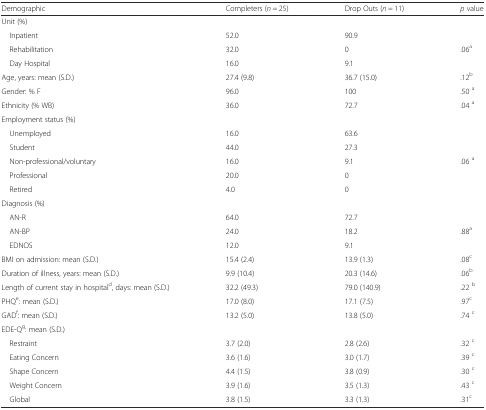
<table><thead><tr><td><b>Demographic</b></td><td><b>Completers (<i>n</i> = 25)</b></td><td><b>Drop Outs (<i>n</i> = 11)</b></td><td><b><i>p</i> value</b></td></tr></thead><tbody><tr><td>Unit (%)</td><td></td><td></td><td></td></tr><tr><td> Inpatient</td><td>52.0</td><td>90.9</td><td></td></tr><tr><td> Rehabilitation</td><td>32.0</td><td>0</td><td>.06<sup>a</sup></td></tr><tr><td> Day Hospital</td><td>16.0</td><td>9.1</td><td></td></tr><tr><td>Age, years: mean (S.D.)</td><td>27.4 (9.8)</td><td>36.7 (15.0)</td><td>.12<sup>b</sup></td></tr><tr><td>Gender: % F</td><td>96.0</td><td>100</td><td>.50 <sup>a</sup></td></tr><tr><td>Ethnicity (% WB)</td><td>36.0</td><td>72.7</td><td>.04 <sup>a</sup></td></tr><tr><td>Employment status (%)</td><td></td><td></td><td></td></tr><tr><td> Unemployed</td><td>16.0</td><td>63.6</td><td></td></tr><tr><td> Student</td><td>44.0</td><td>27.3</td><td></td></tr><tr><td> Non-professional/voluntary</td><td>16.0</td><td>9.1</td><td>.06 <sup>a</sup></td></tr><tr><td> Professional</td><td>20.0</td><td>0</td><td></td></tr><tr><td> Retired</td><td>4.0</td><td>0</td><td></td></tr><tr><td>Diagnosis (%)</td><td></td><td></td><td></td></tr><tr><td> AN-R</td><td>64.0</td><td>72.7</td><td></td></tr><tr><td> AN-BP</td><td>24.0</td><td>18.2</td><td>.88<sup>a</sup></td></tr><tr><td> EDNOS</td><td>12.0</td><td>9.1</td><td></td></tr><tr><td>BMI on admission: mean (S.D.)</td><td>15.4 (2.4)</td><td>13.9 (1.3)</td><td>.08<sup>c</sup></td></tr><tr><td>Duration of illness, years: mean (S.D.)</td><td>9.9 (10.4)</td><td>20.3 (14.6)</td><td>.06<sup>b</sup></td></tr><tr><td>Length of current stay in hospital<sup>d</sup>, days: mean (S.D.)</td><td>32.2 (49.3)</td><td>79.0 (140.9)</td><td>.22 <sup>b</sup></td></tr><tr><td>PHQ<sup>e</sup>: mean (S.D.)</td><td>17.0 (8.0)</td><td>17.1 (7.5)</td><td>.97<sup>c</sup></td></tr><tr><td>GAD<sup>f</sup>: mean (S.D.)</td><td>13.2 (5.0)</td><td>13.8 (5.0)</td><td>.74 <sup>c</sup></td></tr><tr><td>EDE-Q<sup>g</sup>: mean (S.D.)</td><td></td><td></td><td></td></tr><tr><td> Restraint</td><td>3.7 (2.0)</td><td>2.8 (2.6)</td><td>.32 <sup>c</sup></td></tr><tr><td> Eating Concern</td><td>3.6 (1.6)</td><td>3.0 (1.7)</td><td>.39 <sup>c</sup></td></tr><tr><td> Shape Concern</td><td>4.4 (1.5)</td><td>3.8 (0.9)</td><td>.30 <sup>c</sup></td></tr><tr><td> Weight Concern</td><td>3.9 (1.6)</td><td>3.5 (1.3)</td><td>.43 <sup>c</sup></td></tr><tr><td> Global</td><td>3.8 (1.5)</td><td>3.3 (1.3)</td><td>.31<sup>c</sup></td></tr></tbody></table>